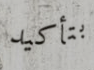
بتأكيد